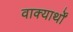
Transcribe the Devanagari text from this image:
वाक्यार्थों